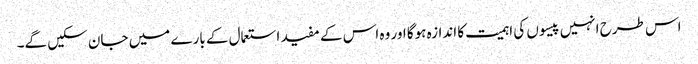
اس طرح انہیں پیسوں کی اہمیت کا اندازہ ہوگا اور وہ اس کے مفید استعمال کے بارے میں جان سکیں گے۔